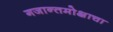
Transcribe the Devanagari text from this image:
गजान्तमोक्षाचा